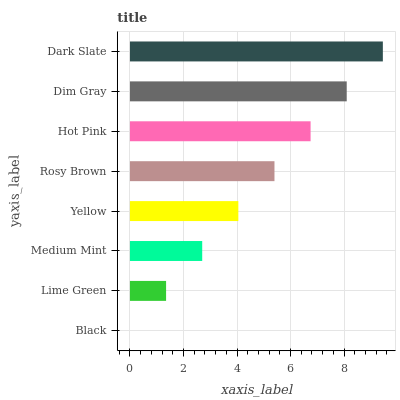
| yaxis_label | bars |
 | --- | --- |
 | Black | 0 |
 | Lime Green | 1.35 |
 | Medium Mint | 2.7 |
 | Yellow | 4.05 |
 | Rosy Brown | 5.4 |
 | Hot Pink | 6.75 |
 | Dim Gray | 8.1 |
 | Dark Slate | 9.45 |